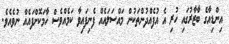
އިންޑިއާގެ ބާޒާރުގައި ހުރި އެ އުފެއްދުންތަކުން މައްސަލައެއް ފެނިފައިވާ ކަމެއްވެސް ހާމަކޮށްފައެއް ނުވެއެވެ.